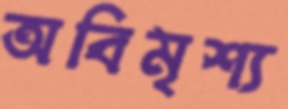
অবিমৃশ্য